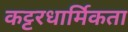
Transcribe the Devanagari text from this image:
कट्टरधार्मिकता